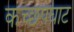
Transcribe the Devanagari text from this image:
कच्छपघाट